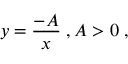
y = { \frac { - A } { x } } \; , A > 0 \; ,